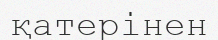
қатерінен